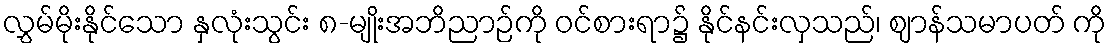
လွှမ်မိုးနိုင်သော နှလုံးသွင်း ၈-မျိုးအဘိညာဉ်ကို ဝင်စားရာ၌ နိုင်နင်းလှသည်၊ ဈာန်သမာပတ် ကို